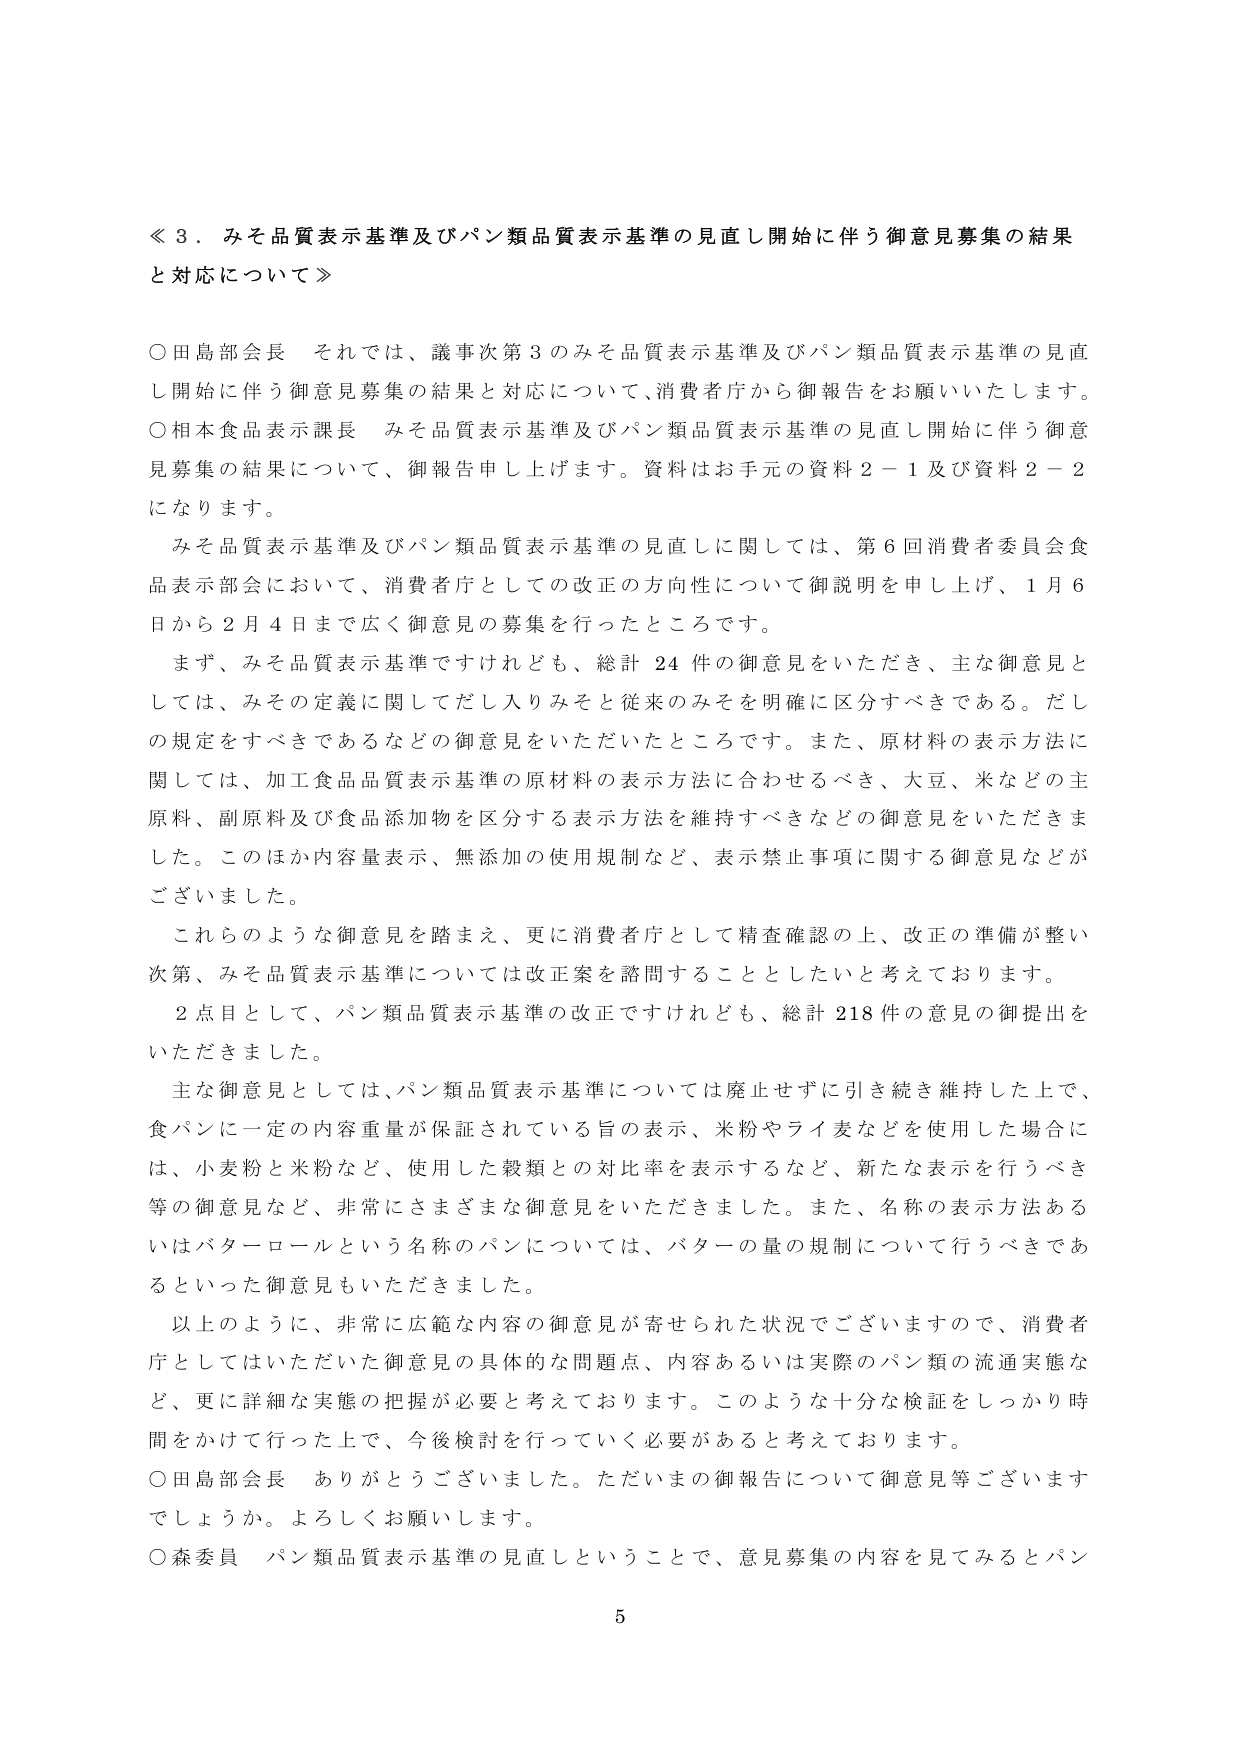
≪３．みそ品質表示基準及びパン類品質表示基準の見直し開始に伴う御意見募集の結果と対応について≫

○田島部会長　それでは、議事次第３のみそ品質表示基準及びパン類品質表示基準の見直し開始に伴う御意見募集の結果と対応について、消費者庁から御報告をお願いいたします。

○相本食品表示課長　みそ品質表示基準及びパン類品質表示基準の見直し開始に伴う御意見募集の結果について、御報告申し上げます。資料はお手元の資料２－１及び資料２－２になります。

　みそ品質表示基準及びパン類品質表示基準の見直しに関しては、第６回消費者委員会食品表示部会において、消費者庁としての改正の方向性について御説明を申し上げ、１月６日から２月４日まで広く御意見の募集を行ったところです。

　まず、みそ品質表示基準ですけれども、総計２４件の御意見をいただき、主な御意見としては、みその定義に関してだし入りみそと従来のみそを明確に区分すべきである。だしの規定をすべきであるなどの御意見をいただいたところです。また、原材料の表示方法に関しては、加工食品品質表示基準の原材料の表示方法に合わせるべき、大豆、米などの主原料、副原料及び食品添加物を区分する表示方法を維持すべきなどの御意見をいただきました。このほか内容量表示、無添加の使用規制など、表示禁止事項に関する御意見などがございました。

　これらのような御意見を踏まえ、更に消費者庁として精査確認の上、改正の準備が整い次第、みそ品質表示基準については改正案を諮問することとしたいと考えております。

　２点目として、パン類品質表示基準の改正ですけれども、総計２１８件の意見の御提出をいただきました。

　主な御意見としては、パン類品質表示基準については廃止せずに引き続き維持した上で、食パンに一定の内容重量が保証されている旨の表示、米粉やライ麦などを使用した場合には、小麦粉と米粉など、使用した穀類との対比率を表示するなど、新たな表示を行うべき等の御意見など、非常にさまざまな御意見をいただきました。また、名称の表示方法あるいはバターロールという名称のパンについては、バターの量の規制について行うべきであるといった御意見もいただきました。

　以上のように、非常に広範な内容の御意見が寄せられた状況でございますので、消費者庁としてはいただいた御意見の具体的な問題点、内容あるいは実際のパン類の流通実態など、更に詳細な実態の把握が必要と考えております。このような十分な検証をしっかり時間をかけて行った上で、今後検討を行っていく必要があると考えております。

○田島部会長　ありがとうございました。ただいまの御報告について御意見等ございますでしょうか。よろしくお願いします。

○森委員　パン類品質表示基準の見直しということで、意見募集の内容を見てみるとパン

５